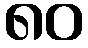
၈၀